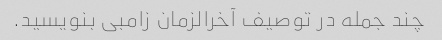
چند جمله در توصیف آخرالزمان زامبی بنویسید.